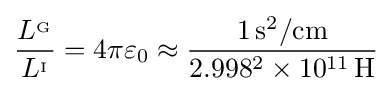
{\frac {L^{_{\mathrm {G} }}}{L^{_{\mathrm {I} }}}}=4\pi \varepsilon _{0}\approx {\frac {1\,\mathrm {s} ^{2}/\mathrm {cm} }{2.998^{2}\times 10^{11}\,\mathrm {H} }}